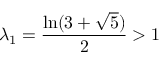
\lambda _ { 1 } = { \frac { \ln ( 3 + { \sqrt { 5 } } ) } { 2 } } > 1